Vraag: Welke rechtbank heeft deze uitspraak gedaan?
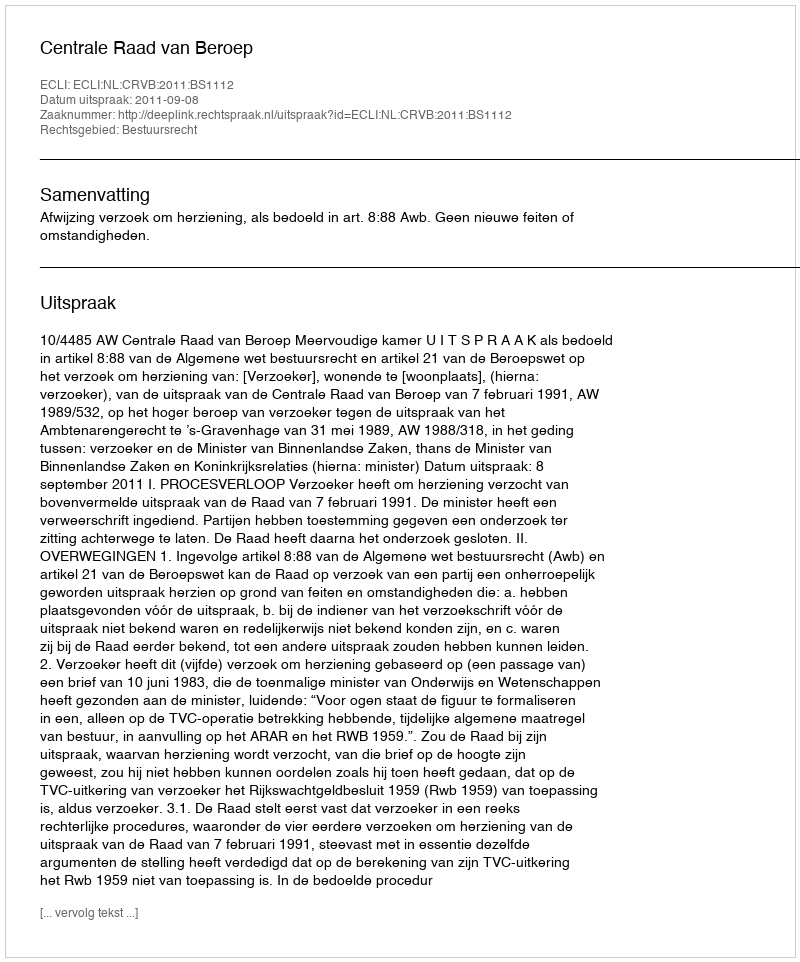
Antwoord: Centrale Raad van Beroep